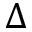
\Delta